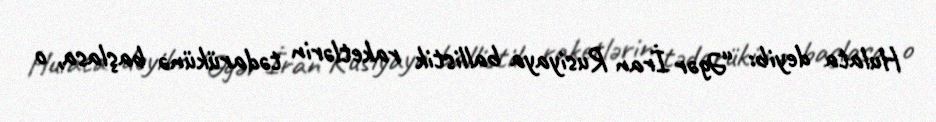
Hulata deyib: “Əgər İran Rusiyaya ballistik raketlərin tədarükünə başlasa, o